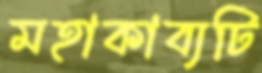
মহাকাব্যটি